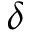
\delta